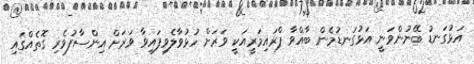
އަޅުގަނޑު ބޭނުންވަނީ އަޅުގަނޑުމެން ބާއްވާ ޕްރައިމަރީއަކީ ވަރަށް ހުޅުވާލެވިފައިވާ ވަރަށް އިންސާފުވެރި ގޮތެއްގައި